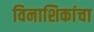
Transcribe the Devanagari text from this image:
विनाशिकांचा